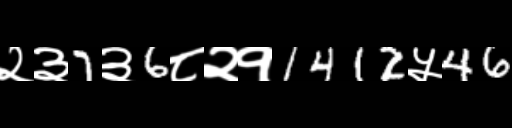
Text: २३7३6८२१1412५46